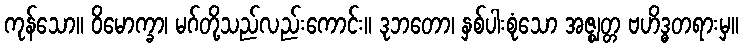
ကုန်သော။ ဝိမောက္ခာ၊ မဂ်တို့သည်လည်းကောင်း။ ဒုဘတော၊ နှစ်ပါးစုံသော အဇ္ဈတ္တ ဗဟိဒ္ဓတရားမှ။